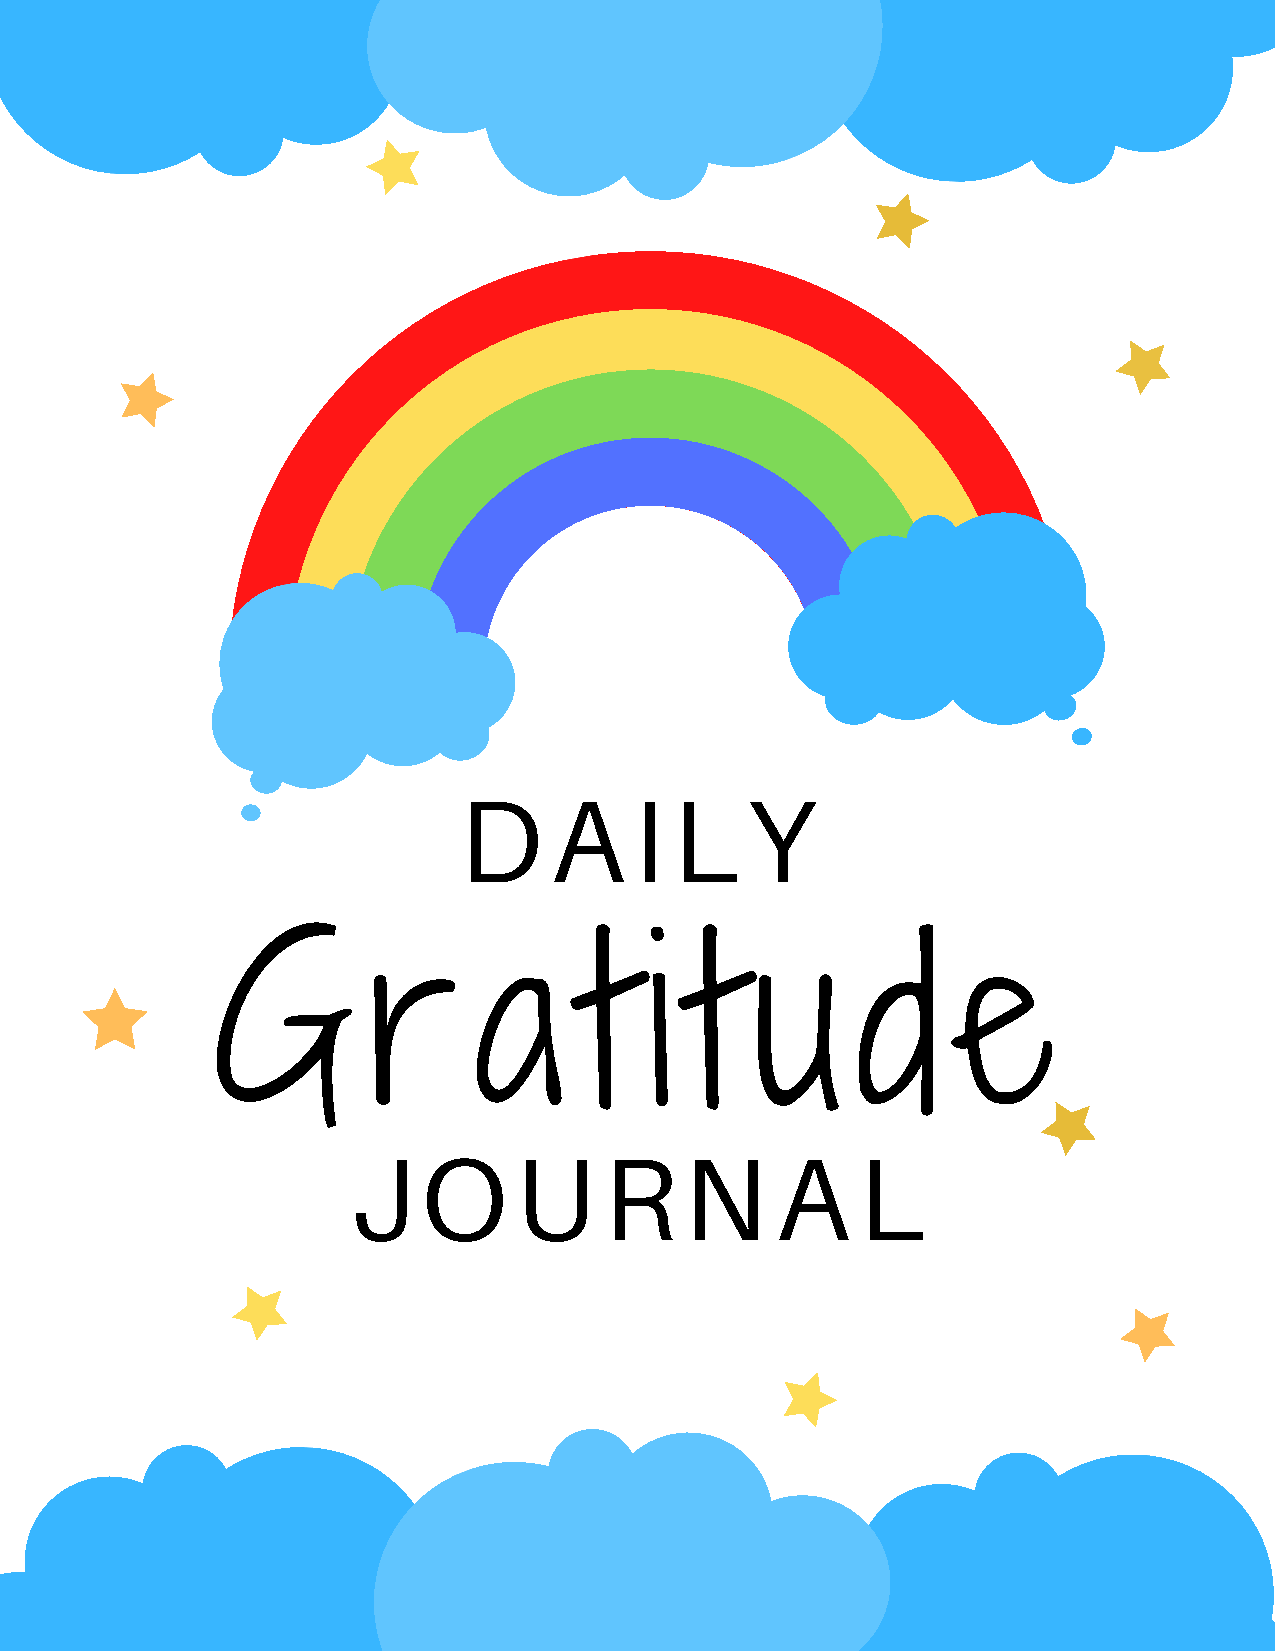
D     A     I  L   Y
 G         r      a      t    i  t   u      d     e
 J    O     U     R    N     A     L